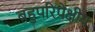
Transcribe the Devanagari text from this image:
बहुपरिपेक्षीय